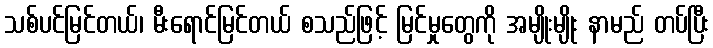
သစ်ပင်မြင်တယ်၊ မီးရောင်မြင်တယ် စသည်ဖြင့် မြင်မှုတွေကို အမျိုးမျိုး နာမည် တပ်ပြီး